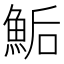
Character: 鮜